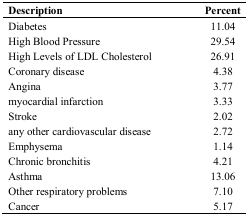
<table><thead><tr><td><b>Description </b></td><td><b>Percent</b></td></tr></thead><tbody><tr><td>Diabetes</td><td>11.04</td></tr><tr><td>High Blood Pressure</td><td>29.54</td></tr><tr><td>High Levels of LDL Cholesterol</td><td>26.91</td></tr><tr><td>Coronary disease</td><td>4.38</td></tr><tr><td>Angina</td><td>3.77</td></tr><tr><td>myocardial infarction</td><td>3.33</td></tr><tr><td>Stroke</td><td>2.02</td></tr><tr><td>any other cardiovascular disease</td><td>2.72</td></tr><tr><td>Emphysema</td><td>1.14</td></tr><tr><td>Chronic bronchitis</td><td>4.21</td></tr><tr><td>Asthma</td><td>13.06</td></tr><tr><td>Other respiratory problems</td><td>7.10</td></tr><tr><td>Cancer</td><td>5.17</td></tr></tbody></table>